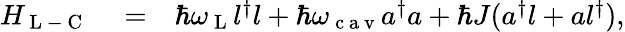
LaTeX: \begin{array}{rlr}{H_{\mathrm{~L~}-\mathrm{~C~}}}&{{}=}&{\hbar\omega_{\mathrm{~L~}}l^{\dagger}l+\hbar\omega_{\mathrm{~c~a~v~}}a^{\dagger}a+\hbar J(a^{\dagger}l+al^{\dagger}),}\end{array}